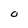
Character: O